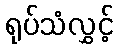
ရုပ်သံလွှင့်